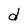
Character: d